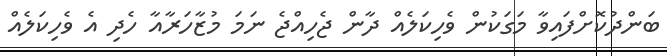
ބަންދުކޮށްފައިވާ މަގަކުން ވެހިކަލެއް ދާން ޖެހިއްޖެ ނަމަ މުޒާހަރާއާ ހެދި އެ ވެހިކަލެއް